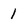
Character: 1